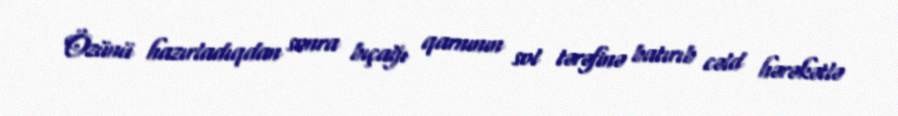
Özünü hazırladıqdan sonra bıçağı qarnının sol tərəfinə batırıb cəld hərəkətlə